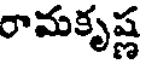
రామకృష్ణ